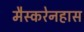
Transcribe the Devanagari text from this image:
मैस्करेनहास